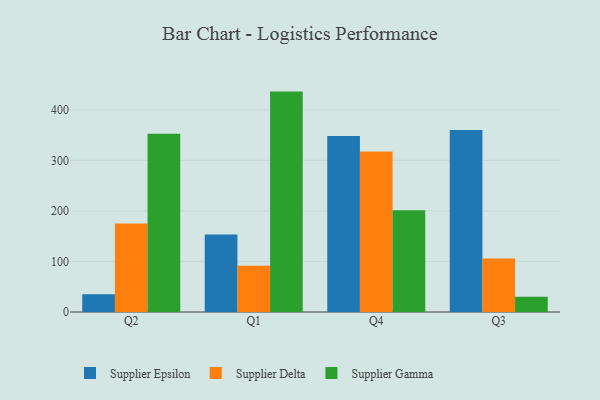
{"axis": {"x": "Quarter", "y": "Backlog"}, "legend": ["Supplier Delta", "Supplier Epsilon", "Supplier Gamma"], "data": [{"x": "Q2", "y": 34.9, "type": "Supplier Epsilon"}, {"x": "Q2", "y": 175.0, "type": "Supplier Delta"}, {"x": "Q2", "y": 352.3, "type": "Supplier Gamma"}, {"x": "Q1", "y": 153.3, "type": "Supplier Epsilon"}, {"x": "Q1", "y": 91.6, "type": "Supplier Delta"}, {"x": "Q1", "y": 435.9, "type": "Supplier Gamma"}, {"x": "Q4", "y": 348.3, "type": "Supplier Epsilon"}, {"x": "Q4", "y": 317.2, "type": "Supplier Delta"}, {"x": "Q4", "y": 201.1, "type": "Supplier Gamma"}, {"x": "Q3", "y": 360.0, "type": "Supplier Epsilon"}, {"x": "Q3", "y": 105.9, "type": "Supplier Delta"}, {"x": "Q3", "y": 30.2, "type": "Supplier Gamma"}]}